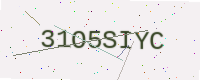
Text: 31O5SIYC